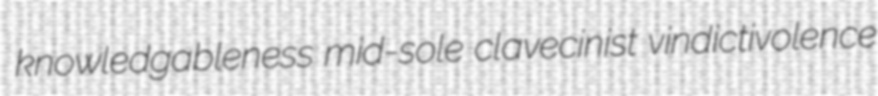
knowledgableness mid-sole clavecinist vindictivolence